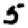
Digit: 5